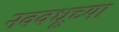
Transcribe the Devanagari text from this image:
नववधूच्या